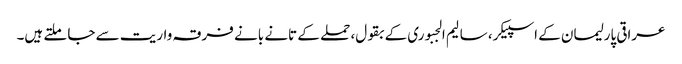
عراقی پارلیمان کے اسپیکر، سالیم الجبوری کے بقول، حملے کے تانے بانے فرقہ واریت سے جا ملتے ہیں۔